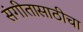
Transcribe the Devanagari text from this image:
संगीतासाठीचा